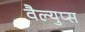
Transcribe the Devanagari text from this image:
वैल्युप्स